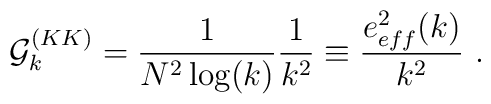
{\cal G}_k^{(KK)} = \frac{1}{N^2 \log(k)}    \frac{1}{k^2} \equiv \frac{e_{eff}^2(k)}{k^2}~.